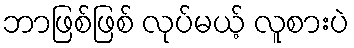
ဘာဖြစ်ဖြစ် လုပ်မယ့် လူစားပဲ